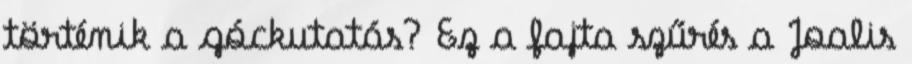
történik a góckutatás? Ez a fajta szűrés a Joalis